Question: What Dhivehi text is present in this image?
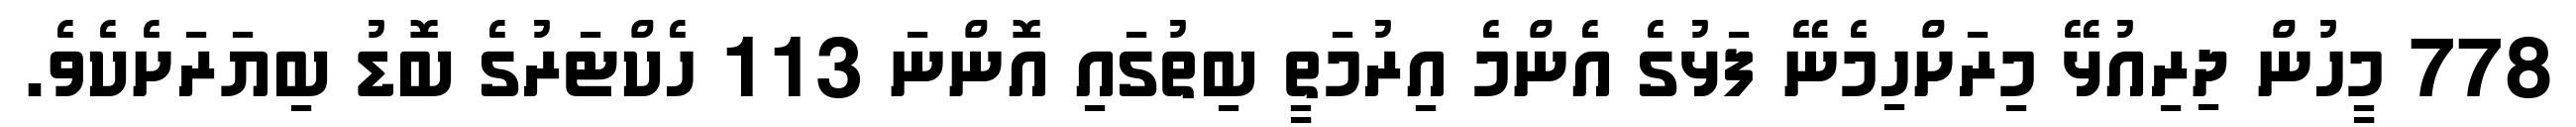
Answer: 778 މީހުން ދިރިއުޅޭ މިރަށްހިމެނޭ ފަޅުގެ އެންމެ އިރުމަތީ ބިތުގައި އޮންނަ 113 ހެކްޓަރުގެ ބޮޑު ބިޔަރަށެކެވެ.